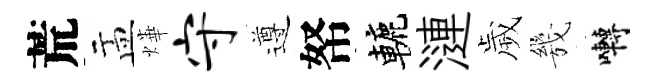
荒盂燁守遵帑轆漣歲㡬囀